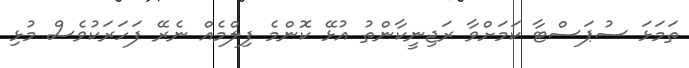
ތަމަޅަ ސުޕަސްޓާ ކަމަށްވާ ރަޖިނީކާންތު އުޅޭ ކޮންމެ ފިލްމެއް ނެރޭ ފަހަރަކުވެސް މުޅި